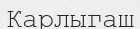
Карлыгаш